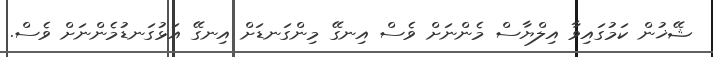
ޝޭޚުން ކަމުގައިވާ އިލްޔާސް މެންނަށް ވެސް އިނގޭ މިންގަނޑަށް އިނގޭ އަޅުގަނޑުމެންނަށް ވެސް.